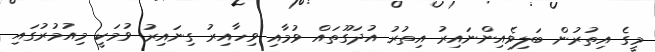
މީގެ އިތުރުން ބަލިވެއިންނައިރު އިތުރު އުދަގޫތައް ވުމާއި ވިހާއިރު ގިނައިރު ވުމަކީ މިއުމުރުގައި